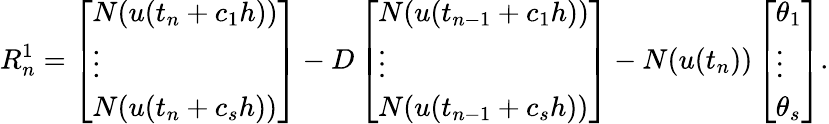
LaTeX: R_{n}^{1}=\left[\begin{array}{l}{N(u(t_{n}+c_{1}h))}\\ {\vdots}\\ {N(u(t_{n}+c_{s}h))}\end{array}\right]-D\left[\begin{array}{l}{N(u(t_{n-1}+c_{1}h))}\\ {\vdots}\\ {N(u(t_{n-1}+c_{s}h))}\end{array}\right]-N(u(t_{n}))\left[\begin{array}{l}{\theta_{1}}\\ {\vdots}\\ {\theta_{s}}\end{array}\right].